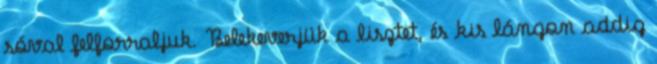
sóval felforraljuk. Belekeverjük a lisztet, és kis lángon addig